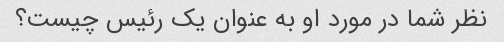
نظر شما در مورد او به عنوان یک رئیس چیست؟